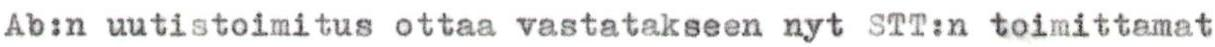
Ab:n uutistoimitus ottaa vastatakseen nyt STT:n toimittamat